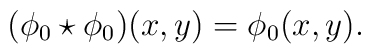
(\phi_0\star\phi_0)(x,y)=\phi_0(x,y).